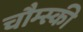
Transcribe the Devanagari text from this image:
चौम्स्की